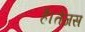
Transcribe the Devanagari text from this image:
है।तेजस